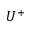
U ^ { + }